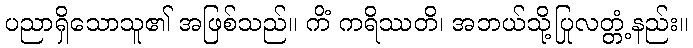
ပညာရှိသောသူ၏ အဖြစ်သည်။ ကိံ ကရိဿတိ၊ အဘယ်သို့ပြုလတ္တံ့နည်း။